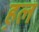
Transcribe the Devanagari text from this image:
ह़ल